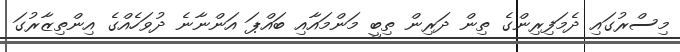
މިސްރުގައި ދެމަފިރިންގެ ތިން ދަރިން ތިބީ މަންމައާއި ބައްޕަ އަންނާނެ ދުވަހެއްގެ އިންތިޒާރުގަ